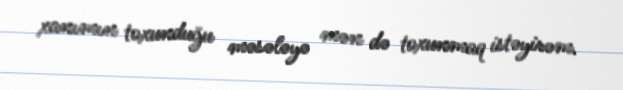
xanımın toxunduğu məsələyə mən də toxunmaq istəyirəm.